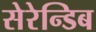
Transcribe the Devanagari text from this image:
सेरेन्डिब